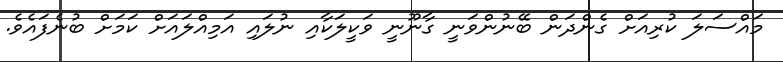
މައްސަލަ ކުރިއަށް ގެންދަން ބޭނުންވަނީ ގާނޫނީ ވަކީލަކާއި ނުލައި އަމިއްލައަށް ކަމަށް ބުނެފައެވެ.